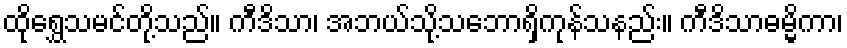
ထိုရွှေသမင်တို့သည်။ ကီဒိသာ၊ အဘယ်သို့သဘောရှိကုန်သနည်း။ ကီဒိသာဓမ္မိကာ၊